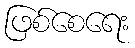
ဖြစ်စေရေး